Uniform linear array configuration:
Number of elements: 16
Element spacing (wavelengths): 1
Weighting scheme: blackman
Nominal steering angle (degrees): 45
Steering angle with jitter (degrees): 45.571
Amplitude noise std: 0.05
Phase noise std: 0.05

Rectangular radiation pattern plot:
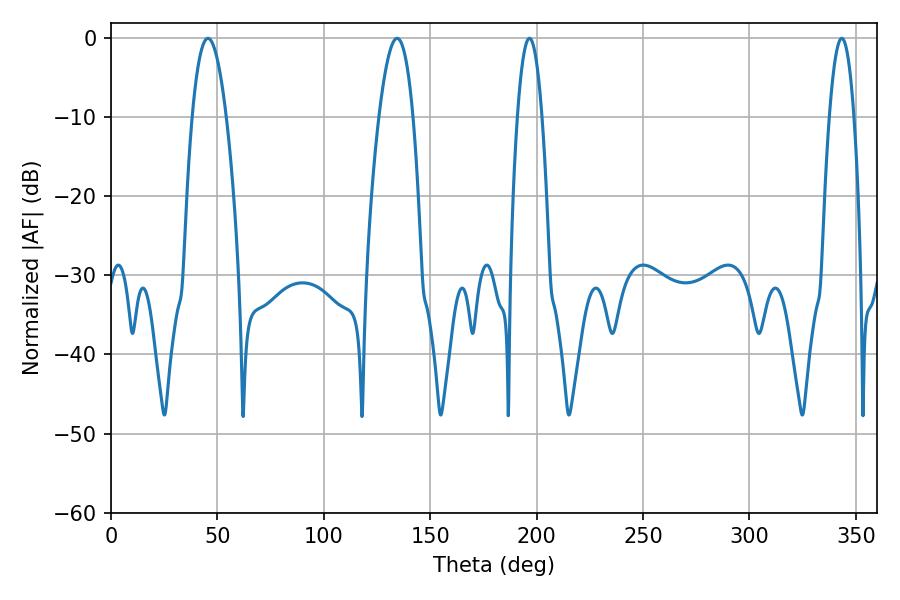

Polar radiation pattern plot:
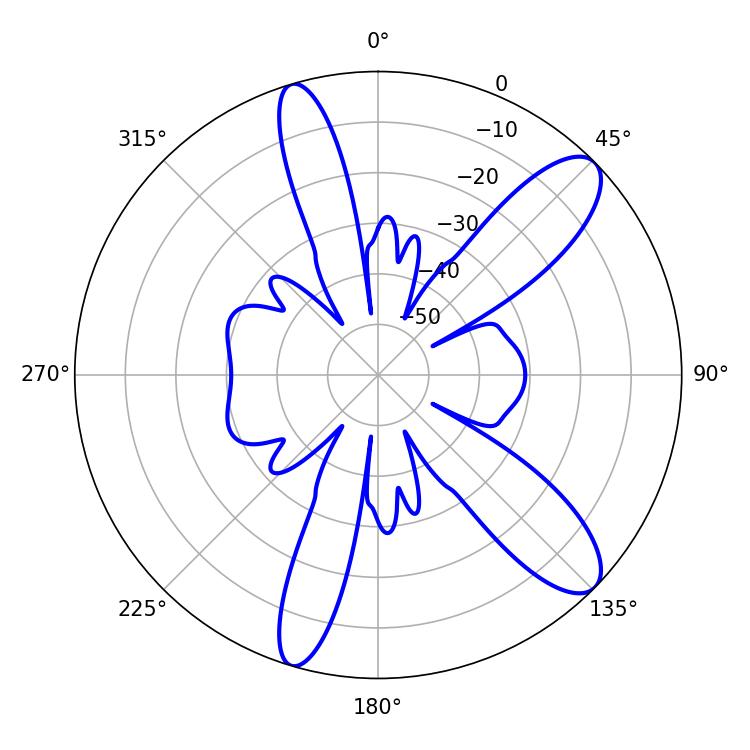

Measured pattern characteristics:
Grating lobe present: TRUE
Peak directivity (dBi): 10.771
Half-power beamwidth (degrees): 8.82
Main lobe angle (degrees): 45.54